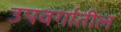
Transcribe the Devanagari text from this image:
उपवर्गातील